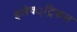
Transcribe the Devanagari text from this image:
इलेक्‍्ट्रिकल